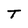
Character: T